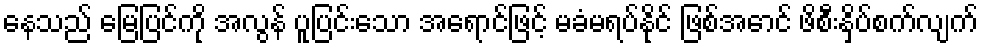
နေသည် မြေပြင်ကို အလွန် ပူပြင်းသော အရောင်ဖြင့် မခံမရပ်နိုင် ဖြစ်အောင် ဖိစီးနှိပ်စက်လျက်